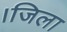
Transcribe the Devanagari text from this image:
।जिला